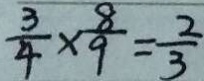
\frac { 3 } { 4 } \times \frac { 8 } { 9 } = \frac { 2 } { 3 }